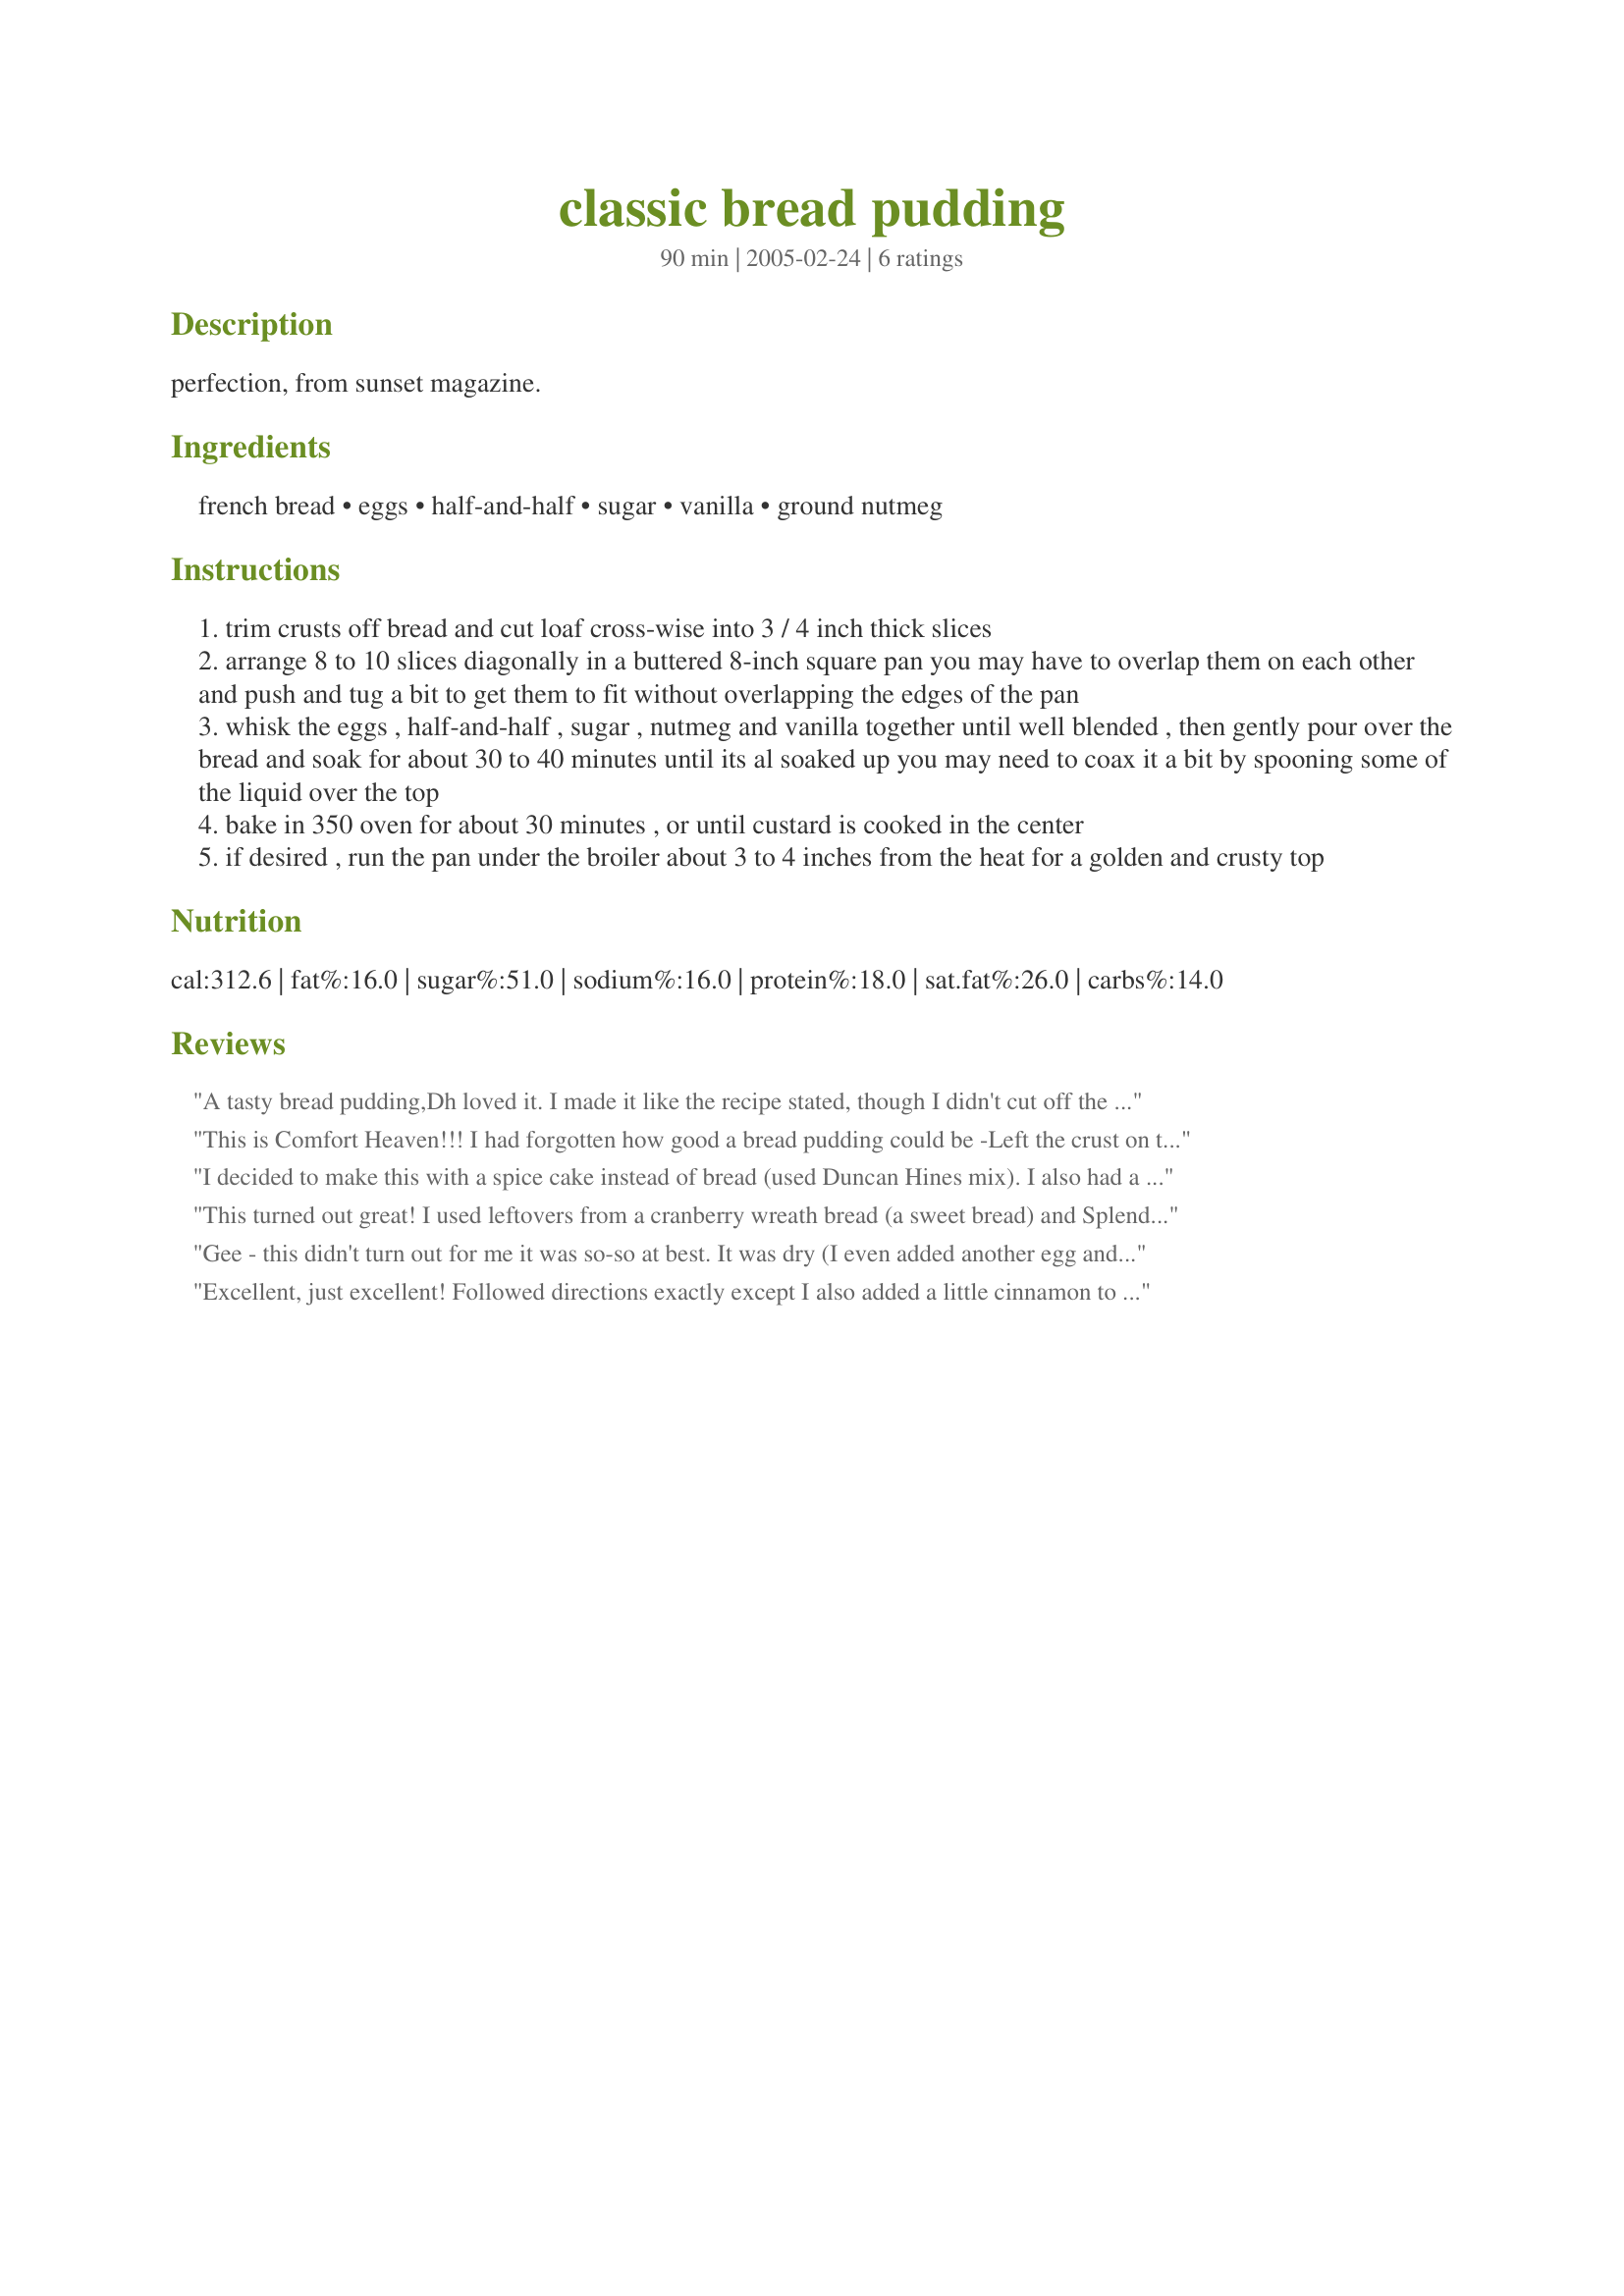
classic bread pudding
Preparation time: 90 minutes

perfection, from sunset magazine.

Ingredients:
french bread, eggs, half-and-half, sugar, vanilla, ground nutmeg

Steps:
trim crusts off bread and cut loaf cross-wise into 3 / 4 inch thick slices
arrange 8 to 10 slices diagonally in a buttered 8-inch square pan you may have to overlap them on each other and push and tug a bit to get them to fit without overlapping the edges of the pan
whisk the eggs , half-and-half , sugar , nutmeg and vanilla together until well blended , then gently pour over the bread and soak for about 30 to 40 minutes until its al soaked up you may need to coax it a bit by spooning some of the liquid over the top
bake in 350 oven for about 30 minutes , or until custard is cooked in the center
if desired , run the pan under the broiler about 3 to 4 inches from the heat for a golden and crusty top

Reviews:
A tasty bread pudding,Dh loved it. I made it like the recipe stated, though I didn't cut off the crust, as I usually use the crust in the bread pudding that I make. I thought it was a little dry maybe my french bread was a little to dry. I made a sauce to serve on it using 1/2 cup half & half,1/2 cup sugar 1/3 cup butter & some rum, Yummy. I make a sauce about like this posted with Yummy Bread Pudding. Thank you Julie for posting the recipe.
This is Comfort Heaven!!! I had forgotten how good a bread pudding could be -Left the crust on the bread and also added another cup of milk(used 1%-not 1/2-1/2) and another egg - also used splenda - (Had a LARGE, VERY STALE loaf of Italian bread to use up)This is GOOD!!! Thank you!!
I decided to make this with a spice cake instead of bread (used Duncan Hines mix). I also had a cup of (fat free!) cinnamon hazelnut half-n-half... so I used that and then a cup of milk and the spices as written. Y'all, it was AWESOME!!!! I had friends over and we plowed through that pudding!!!! There's just enough for breakfast in the morning. Thanks for posting!
This turned out great! I used leftovers from a cranberry wreath bread (a sweet bread) and Splenda, but everything else the same. It was delicious! Thanks for posting this!
Gee - this didn't turn out for me it was so-so at best. It was dry (I even added another egg and an extra cup of half and half) and lacked flavor. I really wanted this to work out.
Excellent, just excellent! Followed directions exactly except I also added a little cinnamon to the egg mixture. Baked up like a dream and smelled wonderful. Served w/ whipped cream... yummo!
Thanks for sharing this recipe, Julie! =^..^=
